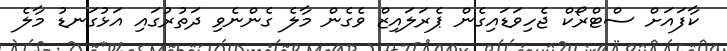
ކާފައަށް ސްޓްރޯކް ޖެހިވަޑައިގެން ޕެރަލައިޒް ވެގެން މާލެ ގެންނެވި ދަތުރުގައި އަޅުގަނޑު މާލެ